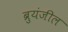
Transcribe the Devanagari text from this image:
ब्रुयंजील